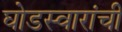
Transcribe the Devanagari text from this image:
घोडस्वारांची